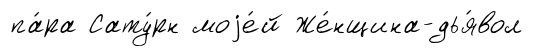
па́ра Сату́рн моjе́й Же́нщина-дья́вол